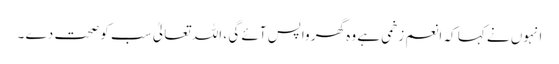
انہوں نے کہا کہ انعم زخمی ہے وہ گھر واپس آئے گی ، اللہ تعالیٰ سب کو صحت دے ۔